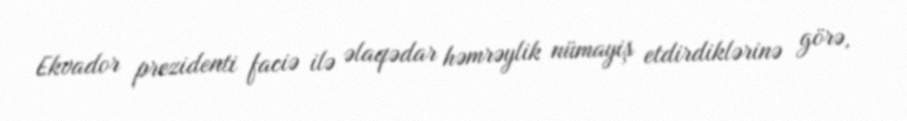
Ekvador prezidenti faciə ilə əlaqədar həmrəylik nümayiş etdirdiklərinə görə,